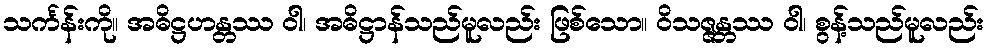
သင်္ကန်းကို။ အဓိဋ္ဌဟန္တဿ ဝါ၊ အဓိဋ္ဌာန်သည်မူလည်း ဖြစ်သော။ ဝိသဇ္ဇန္တဿ ဝါ၊ စွန့်သည်မူလည်း